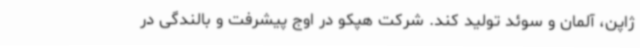
ژاپن، آلمان و سوئد تولید کند. شرکت هپکو در اوج پیشرفت و بالندگی در